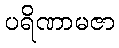
ပရိဏာမဇာ